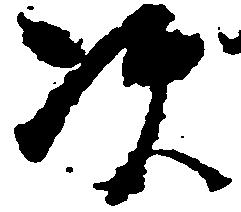
次